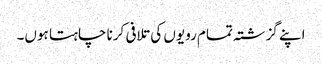
اپنے گزشتہ تمام رویوں کی تلافی کرنا چاہتا ہوں۔